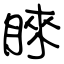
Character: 睞